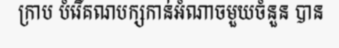
ក្រាប បំរើគណបក្សកាន់អំណាចមួយចំនួន បាន